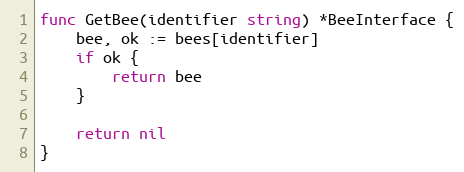
Language: Go
func GetBee(identifier string) *BeeInterface {
	bee, ok := bees[identifier]
	if ok {
		return bee
	}

	return nil
}